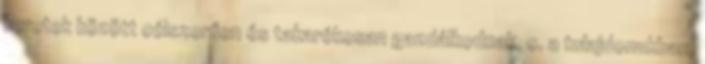
keretek között célszerűen és takarékosan gazdálkodnak, c. a tulajdonukban,